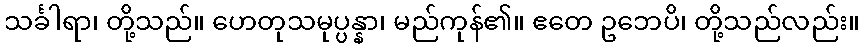
သင်္ခါရာ၊ တို့သည်။ ဟေတုသမုပ္ပန္နာ၊ မည်ကုန်၏။ ဧတေ ဥဘေပိ၊ တို့သည်လည်း။